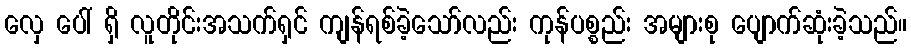
လှေ ပေါ် ရှိ လူတိုင်းအသက်ရှင် ကျန်ရစ်ခဲ့သော်လည်း ကုန်ပစ္စည်း အများစု ပျောက်ဆုံးခဲ့သည်။